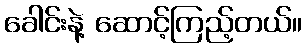
ခေါင်းနဲ့ ဆောင့်ကြည့်တယ်။